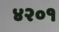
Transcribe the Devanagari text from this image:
४२०१